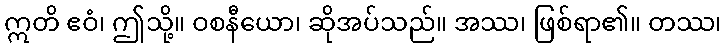
ဣတိ ဧဝံ၊ ဤသို့။ ဝစနီယော၊ ဆိုအပ်သည်။ အဿ၊ ဖြစ်ရာ၏။ တဿ၊